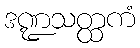
ဒဏ္ဍသတ္ထကံ